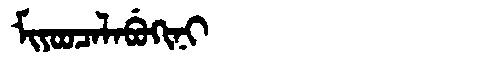
Manchu: ᠮᡳᠶᠣᠣᠴᠠᠯᠠᠪᡠᡴᡳᠨᡳ
Romanization: MIYOOCALABUKINI